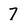
Character: 7